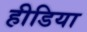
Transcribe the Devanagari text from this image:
हीडिया